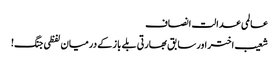
عالمی عدالت انصاف
شعیب اختر اور سابق بھارتی بلے باز کے درمیان لفظی جنگ!